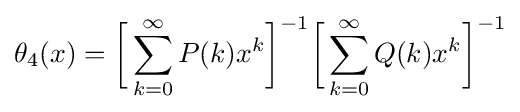
\theta _{4}(x)={\biggl [}\sum _{k=0}^{\infty }P(k)x^{k}{\biggr ]}^{-1}{\biggl [}\sum _{k=0}^{\infty }Q(k)x^{k}{\biggr ]}^{-1}